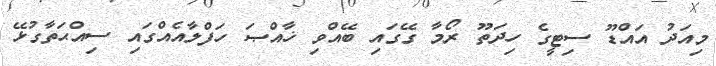
މިއަދު އައްޑޫ ސިޓީގެ ހިދަތޫ ރޯމާ ގޭގައި ބޭއްވި ޚާއްޞަ ހަފްލާއެއްގައި ސިއްޙަތާގުޅޭ